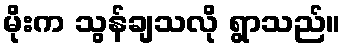
မိုးက သွန်ချသလို ရွာသည်။